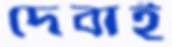
দেবাই